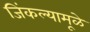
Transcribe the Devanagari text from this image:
जिंकल्यामूळे